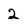
Character: 2